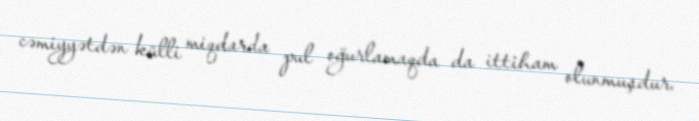
cəmiyyətdən külli miqdarda pul oğurlamaqda da ittiham olunmuşdur.